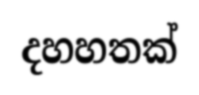
දහහතක්